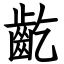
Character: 齕